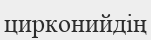
цирконийдің